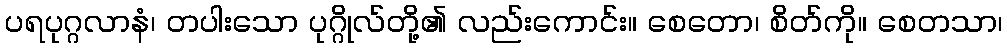
ပရပုဂ္ဂလာနံ၊ တပါးသော ပုဂ္ဂိုလ်တို့၏ လည်းကောင်း။ စေတော၊ စိတ်ကို။ စေတသာ၊